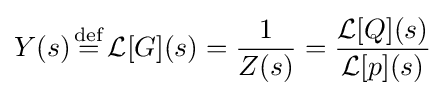
Y(s){\stackrel {\mathrm {def} }{{}={}}}{\mathcal {L}}[G](s)={\frac {1}{Z(s)}}={\frac {{\mathcal {L}}[Q](s)}{{\mathcal {L}}[p](s)}}